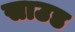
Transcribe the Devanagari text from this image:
साउड